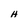
Character: H